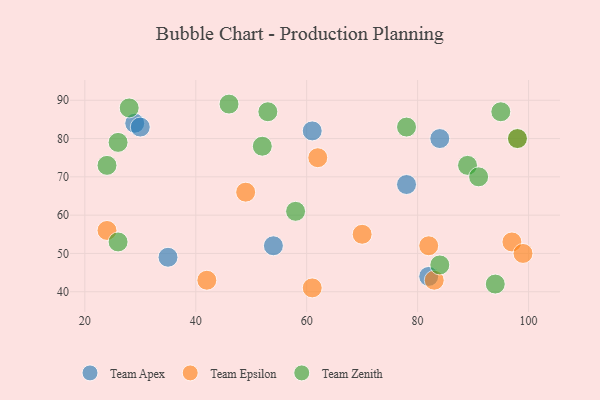
{"axis": {"x": "GDP", "y": "Life Expectancy"}, "legend": ["Team Apex", "Team Epsilon", "Team Zenith"], "data": [{"x": "29", "y": 84, "type": "Team Apex"}, {"x": "35", "y": 49, "type": "Team Apex"}, {"x": "84", "y": 80, "type": "Team Apex"}, {"x": "30", "y": 83, "type": "Team Apex"}, {"x": "82", "y": 44, "type": "Team Apex"}, {"x": "78", "y": 68, "type": "Team Apex"}, {"x": "54", "y": 52, "type": "Team Apex"}, {"x": "61", "y": 82, "type": "Team Apex"}, {"x": "70", "y": 55, "type": "Team Epsilon"}, {"x": "42", "y": 43, "type": "Team Epsilon"}, {"x": "82", "y": 52, "type": "Team Epsilon"}, {"x": "97", "y": 53, "type": "Team Epsilon"}, {"x": "24", "y": 56, "type": "Team Epsilon"}, {"x": "61", "y": 41, "type": "Team Epsilon"}, {"x": "49", "y": 66, "type": "Team Epsilon"}, {"x": "98", "y": 80, "type": "Team Epsilon"}, {"x": "62", "y": 75, "type": "Team Epsilon"}, {"x": "83", "y": 43, "type": "Team Epsilon"}, {"x": "99", "y": 50, "type": "Team Epsilon"}, {"x": "89", "y": 73, "type": "Team Zenith"}, {"x": "24", "y": 73, "type": "Team Zenith"}, {"x": "53", "y": 87, "type": "Team Zenith"}, {"x": "95", "y": 87, "type": "Team Zenith"}, {"x": "94", "y": 42, "type": "Team Zenith"}, {"x": "98", "y": 80, "type": "Team Zenith"}, {"x": "78", "y": 83, "type": "Team Zenith"}, {"x": "26", "y": 79, "type": "Team Zenith"}, {"x": "28", "y": 88, "type": "Team Zenith"}, {"x": "52", "y": 78, "type": "Team Zenith"}, {"x": "26", "y": 53, "type": "Team Zenith"}, {"x": "46", "y": 89, "type": "Team Zenith"}, {"x": "91", "y": 70, "type": "Team Zenith"}, {"x": "84", "y": 47, "type": "Team Zenith"}, {"x": "58", "y": 61, "type": "Team Zenith"}]}